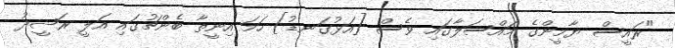
"ރައީސް ޔާމީންގެ މައްސަލާގައި ވެސް [އަޅުގަނޑު] ހަމަ އިނީތާ ބެންޗުގައި އަލީ ރަޝީދު